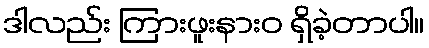
ဒါလည်း ကြားဖူးနားဝ ရှိခဲ့တာပါ။